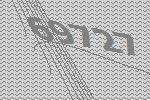
69727